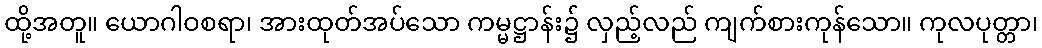
ထို့အတူ။ ယောဂါဝစရာ၊ အားထုတ်အပ်သော ကမ္မဋ္ဌာန်း၌ လှည့်လည် ကျက်စားကုန်သော။ ကုလပုတ္တာ၊